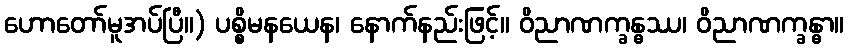
ဟောတော်မူအပ်ပြီ။) ပစ္စိမနယေန၊ နောက်နည်းဖြင့်။ ဝိညာဏက္ခန္ဓဿ၊ ဝိညာဏက္ခန္ဓာ။